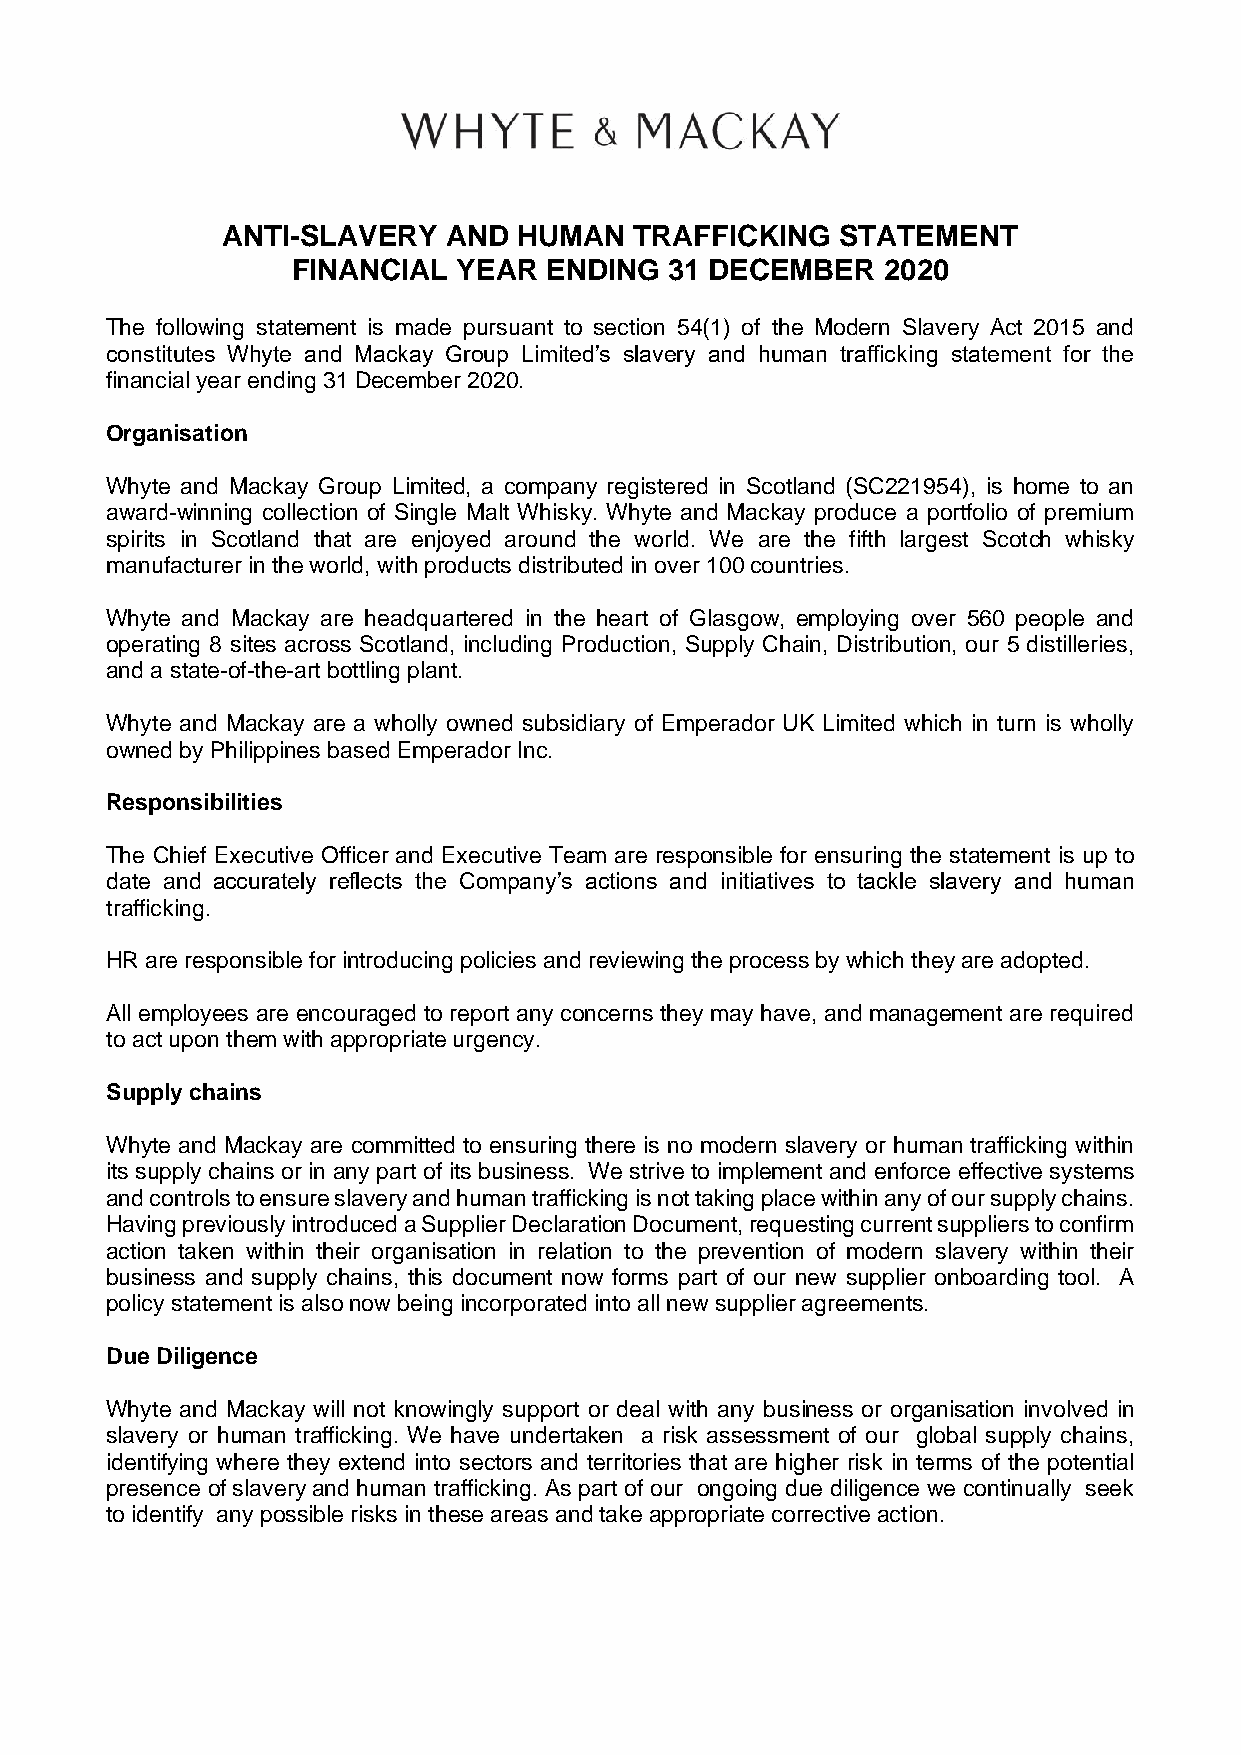
ANTI-SLAVERY   AND HUMAN   TRAFFICKING   STATEMENT
 FINANCIAL  YEAR  ENDING  31 DECEMBER    2020
 The following statement is made pursuant to section 54(1) of the Modern Slavery Act 2015 and
 constitutes Whyte and Mackay Group Limited’s slavery and human trafficking statement for the
 financial year ending 31 December 2020.
 Organisation
 Whyte and Mackay Group Limited, a company registered in Scotland (SC221954), is home to an
 award-winning collection of Single Malt Whisky. Whyte and Mackay produce a portfolio of premium
 spirits in Scotland that are enjoyed around the world. We are the fifth largest Scotch whisky
 manufacturer in the world, with products distributed in over 100 countries.
 Whyte and Mackay are headquartered in the heart of Glasgow, employing over 560 people and
 operating 8 sites across Scotland, including Production, Supply Chain, Distribution, our 5 distilleries,
 and a state-of-the-art bottling plant.
 Whyte and Mackay are a wholly owned subsidiary of Emperador UK Limited which in turn is wholly
 owned by Philippines based Emperador Inc.
 Responsibilities
 The Chief Executive Officer and Executive Team are responsible for ensuring the statement is up to
 date and accurately reflects the Company’s actions and initiatives to tackle slavery and human
 trafficking.
 HR are responsible for introducing policies and reviewing the process by which they are adopted.
 All employees are encouraged to report any concerns they may have, and management are required
 to act upon them with appropriate urgency.
 Supply chains
 Whyte and Mackay are committed to ensuring there is no modern slavery or human trafficking within
 its supply chains or in any part of its business. We strive to implement and enforce effective systems
 and controls to ensure slavery and human trafficking is not taking place within any of our supply chains.
 Having previously introduced a Supplier Declaration Document, requesting current suppliers to confirm
 action taken within their organisation in relation to the prevention of modern slavery within their
 business and supply chains, this document now forms part of our new supplier onboarding tool. A
 policy statement is also now being incorporated into all new supplier agreements.
 Due Diligence
 Whyte and Mackay will not knowingly support or deal with any business or organisation involved in
 slavery or human trafficking. We have undertaken a risk assessment of our global supply chains,
 identifying where they extend into sectors and territories that are higher risk in terms of the potential
 presence of slavery and human trafficking. As part of our ongoing due diligence we continually seek
 to identify any possible risks in these areas and take appropriate corrective action.